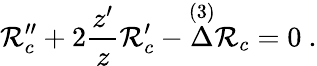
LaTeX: {\cal R}_{c}^{\prime\prime}+2{\frac{z^{\prime}}{z}}{\cal R}_{c}^{\prime}-\mathop\Delta^{(3)}{\cal R}_{c}=0\ .